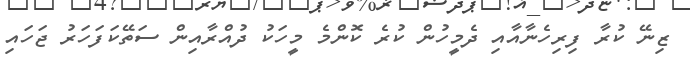
ޒިނޭ ކުރާ ފިރިހެނާއާއި ދެމީހުން ކުރެ ކޮންމެ މީހަކު ދުއްރާއިން ސަތޭކަފަހަރު ޖަހައި